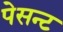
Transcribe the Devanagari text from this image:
पेसन्ट